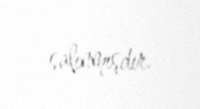
salınmışdır.